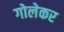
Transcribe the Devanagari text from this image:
गोलेकर